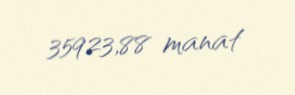
35923,88 manat